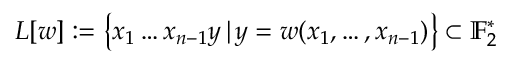
\begin{array} { r } { L [ w ] : = \left\{ x _ { 1 } \dots x _ { n - 1 } y \, | \, y = w ( x _ { 1 } , \dots , x _ { n - 1 } ) \right\} \subset \mathbb { F } _ { 2 } ^ { * } } \end{array}